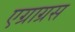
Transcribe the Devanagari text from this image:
एग्राग्रस